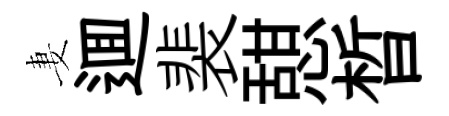
妻逥裴憇晳